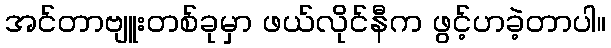
အင်တာဗျူးတစ်ခုမှာ ဖယ်လိုင်နီက ဖွင့်ဟခဲ့တာပါ။